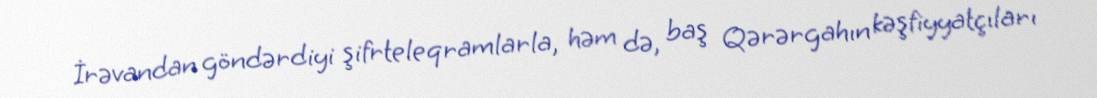
İrəvandan göndərdiyi şifrteleqramlarla, həm də, baş Qərərgahın kəşfiyyatçıları